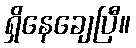
ရှိနေချေပြီ။